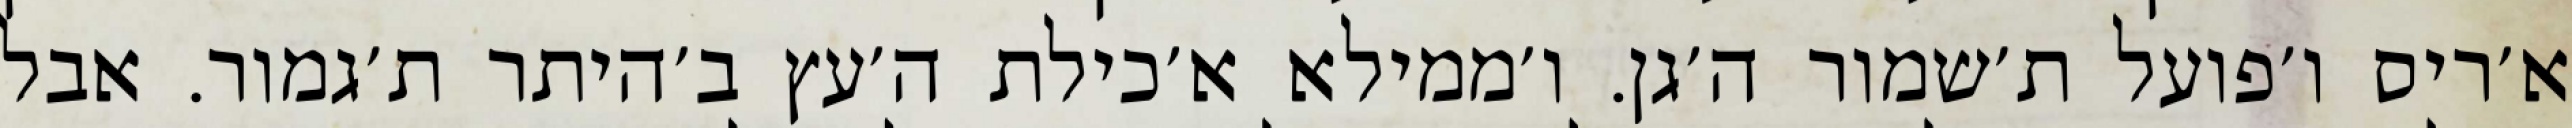
א׳ריס ו׳פועל ת׳שמור ה׳גן. ו׳ממילא א׳כילת ה׳עץ ב׳היתר ת׳גמור. אבל